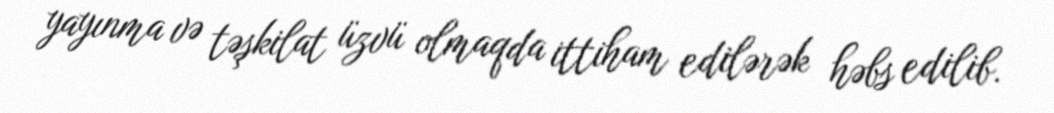
yayınma və təşkilat üzvü olmaqda ittiham edilərək həbs edilib.